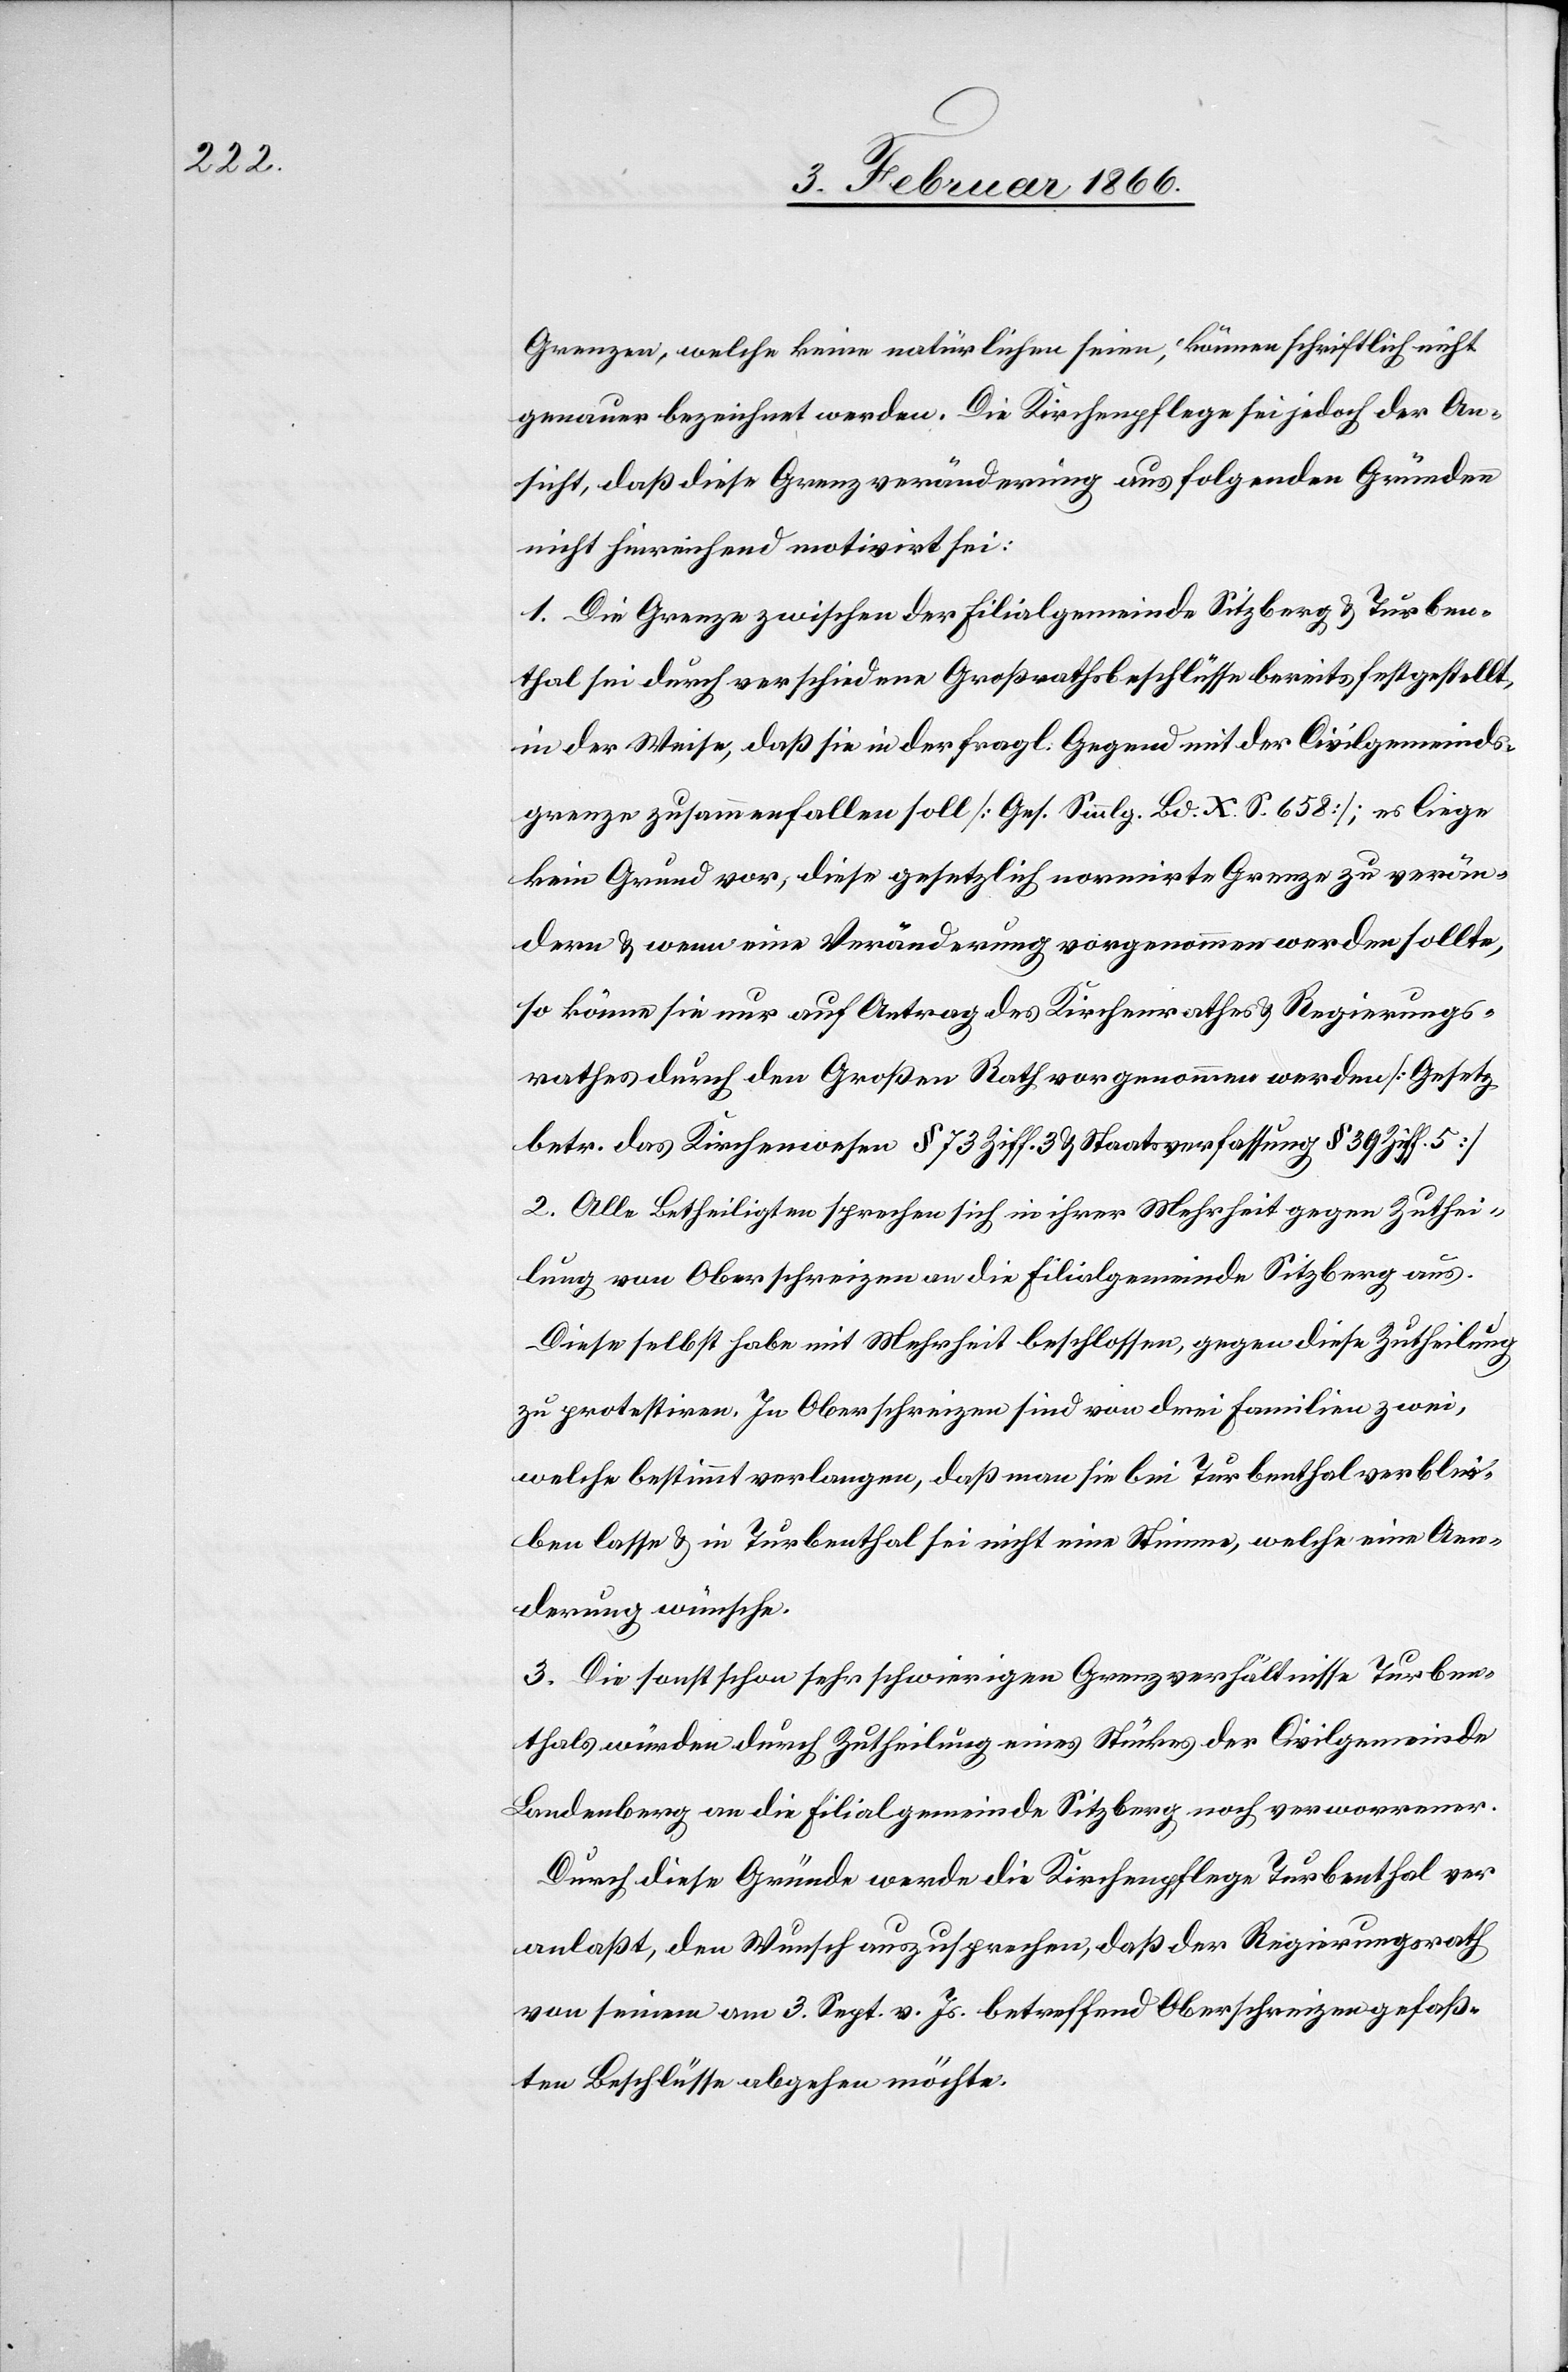
Grenzen, welche keine natürlichen seien, können schriftlich nicht
genauer bezeichnet werden. Die Kirchenpflege sei jedoch der An¬
sicht, daß diese Grenzveränderung aus folgenden Gründen
nicht hinreichend motivirt sei:
1. Die Grenze zwischen der Filialgemeinde Sitzberg u. Turben¬
thal sei durch verschiedene Großrathsbeschlüsse bereits festgestellt,
in der Weise, daß sie in der fragl. Gegend mit der Civilgemeinds¬
grenze zusammenfallen soll [Ges. Smmlg. Bd. X S. 658]; es liege
kein Grund vor, diese gesetzlich normirte Grenze zu verän¬
dern u. wenn eine Veränderung vorgenommen werden sollte,
so könne sie nur auf Antrag des Kirchenrathes u. Regierungs¬
rathes durch den Großen Rath vorgenommen werden [Gesetz
betr. das Kirchenwesen § 73 Ziff. 3 u. Staatsverfassung § 39 Ziff 5]
2. Alle Betheiligten sprechen sich in ihrer Mehrheit gegen Zuthei¬
lung von Oberschreizen an die Filialgemeinde Sitzberg aus.
Diese selbst habe mit Mehrheit beschlossen, gegen diese Zutheilung
zu protestiren. In Oberschreizen sind von drei Familien zwei,
welche bestimmt verlangen, daß man sie bei Turbenthal verblei¬
ben lasse u. in Turbenthal sei nicht eine Stimme, welche eine Aen¬
derung wünsche.
3. Die sonst schon sehr schwierigen Grenzverhältnisse Turben¬
thals würden durch Zutheilung eines Stückes der Civilgemeinde
Landenberg an die Filialgemeinde Sitzberg noch verworrener.
Durch diese Gründe werde die Kirchenpflege Turbenthal ver¬
anlaßt, den Wunsch auszusprechen, daß der Regierungsrath
von seinen am 3. Sept. v. Js. betreffend Oberschreizen gefaß¬
ten Beschlüsse abgehen möchte.